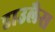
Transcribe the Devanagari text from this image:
डाउलैस